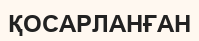
ҚОСАРЛАНҒАН